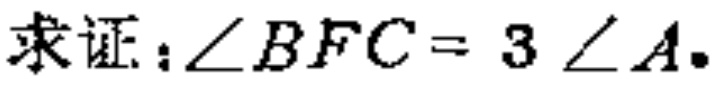
求证：\(\angle BFC = 3\angle A\).